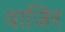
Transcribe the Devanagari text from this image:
वाजिर